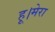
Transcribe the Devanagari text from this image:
हू।मेरा